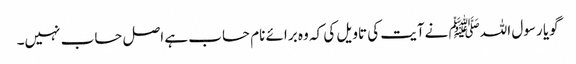
گویا رسول اللہﷺ نےآیت کی تاویل کی کہ وہ برائے نام حساب ہے اصل حساب نہیں۔